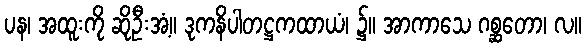
ပန၊ အထူးကို ဆိုဦးအံ့။ ဒုကနိပါတဋ္ဌကထာယံ၊ ၌။ အာကာသေ ဂစ္ဆတော၊ လ။